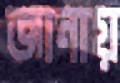
জানায়